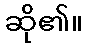
ဆို၏။